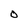
Character: O